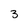
Character: 3